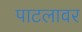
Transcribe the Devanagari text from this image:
पाटलावर